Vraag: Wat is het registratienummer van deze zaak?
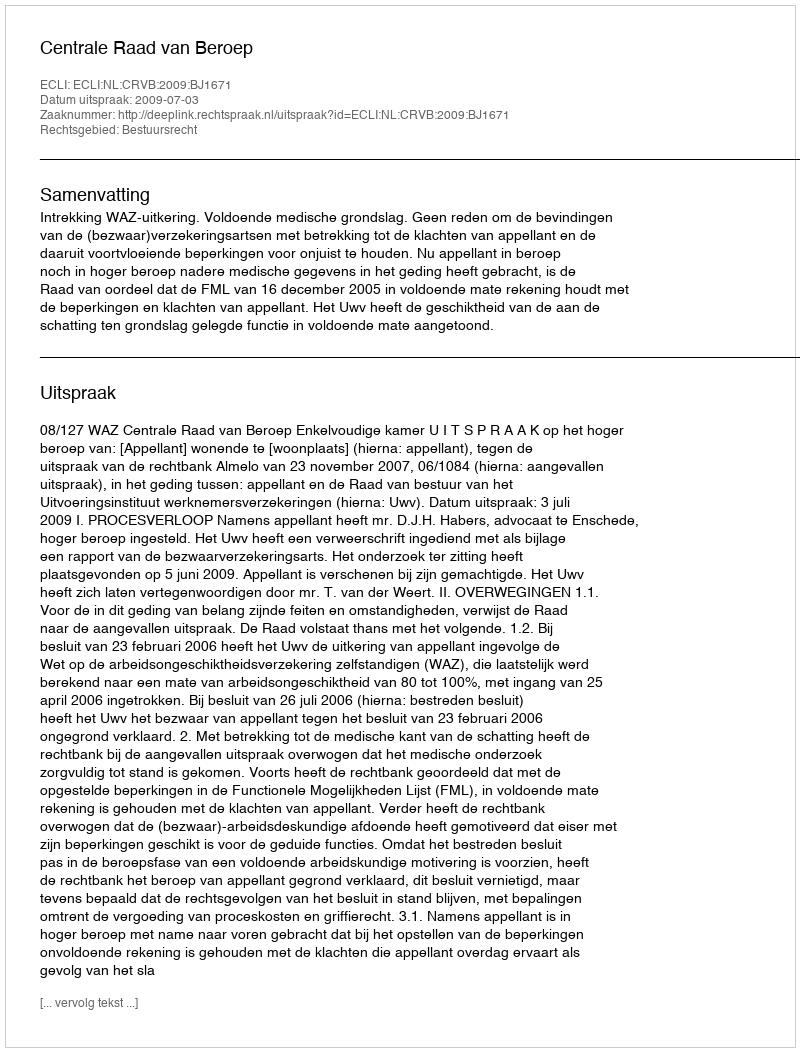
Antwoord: http://deeplink.rechtspraak.nl/uitspraak?id=ECLI:NL:CRVB:2009:BJ1671